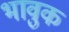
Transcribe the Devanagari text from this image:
भावुक